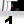
Digit: 1